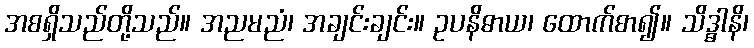
အစရှိသည်တို့သည်။ အညမညံ၊ အချင်းချင်း။ ဥပနိဓာယ၊ ထောက်စာ၍။ သိဒ္ဓါနိ၊